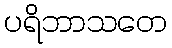
ပရိဘာသတေ